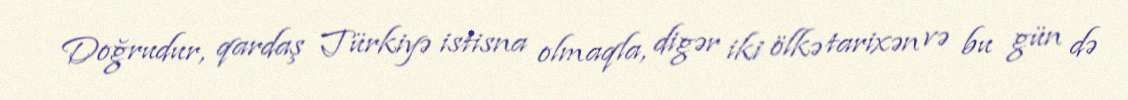
Doğrudur, qardaş Türkiyə istisna olmaqla, digər iki ölkə tarixən və bu gün də